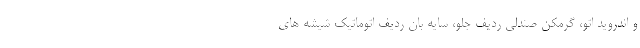
و اندروید اتو، گرمکن صندلی ردیف جلو، سایه بان ردیف اتوماتیک شیشه های